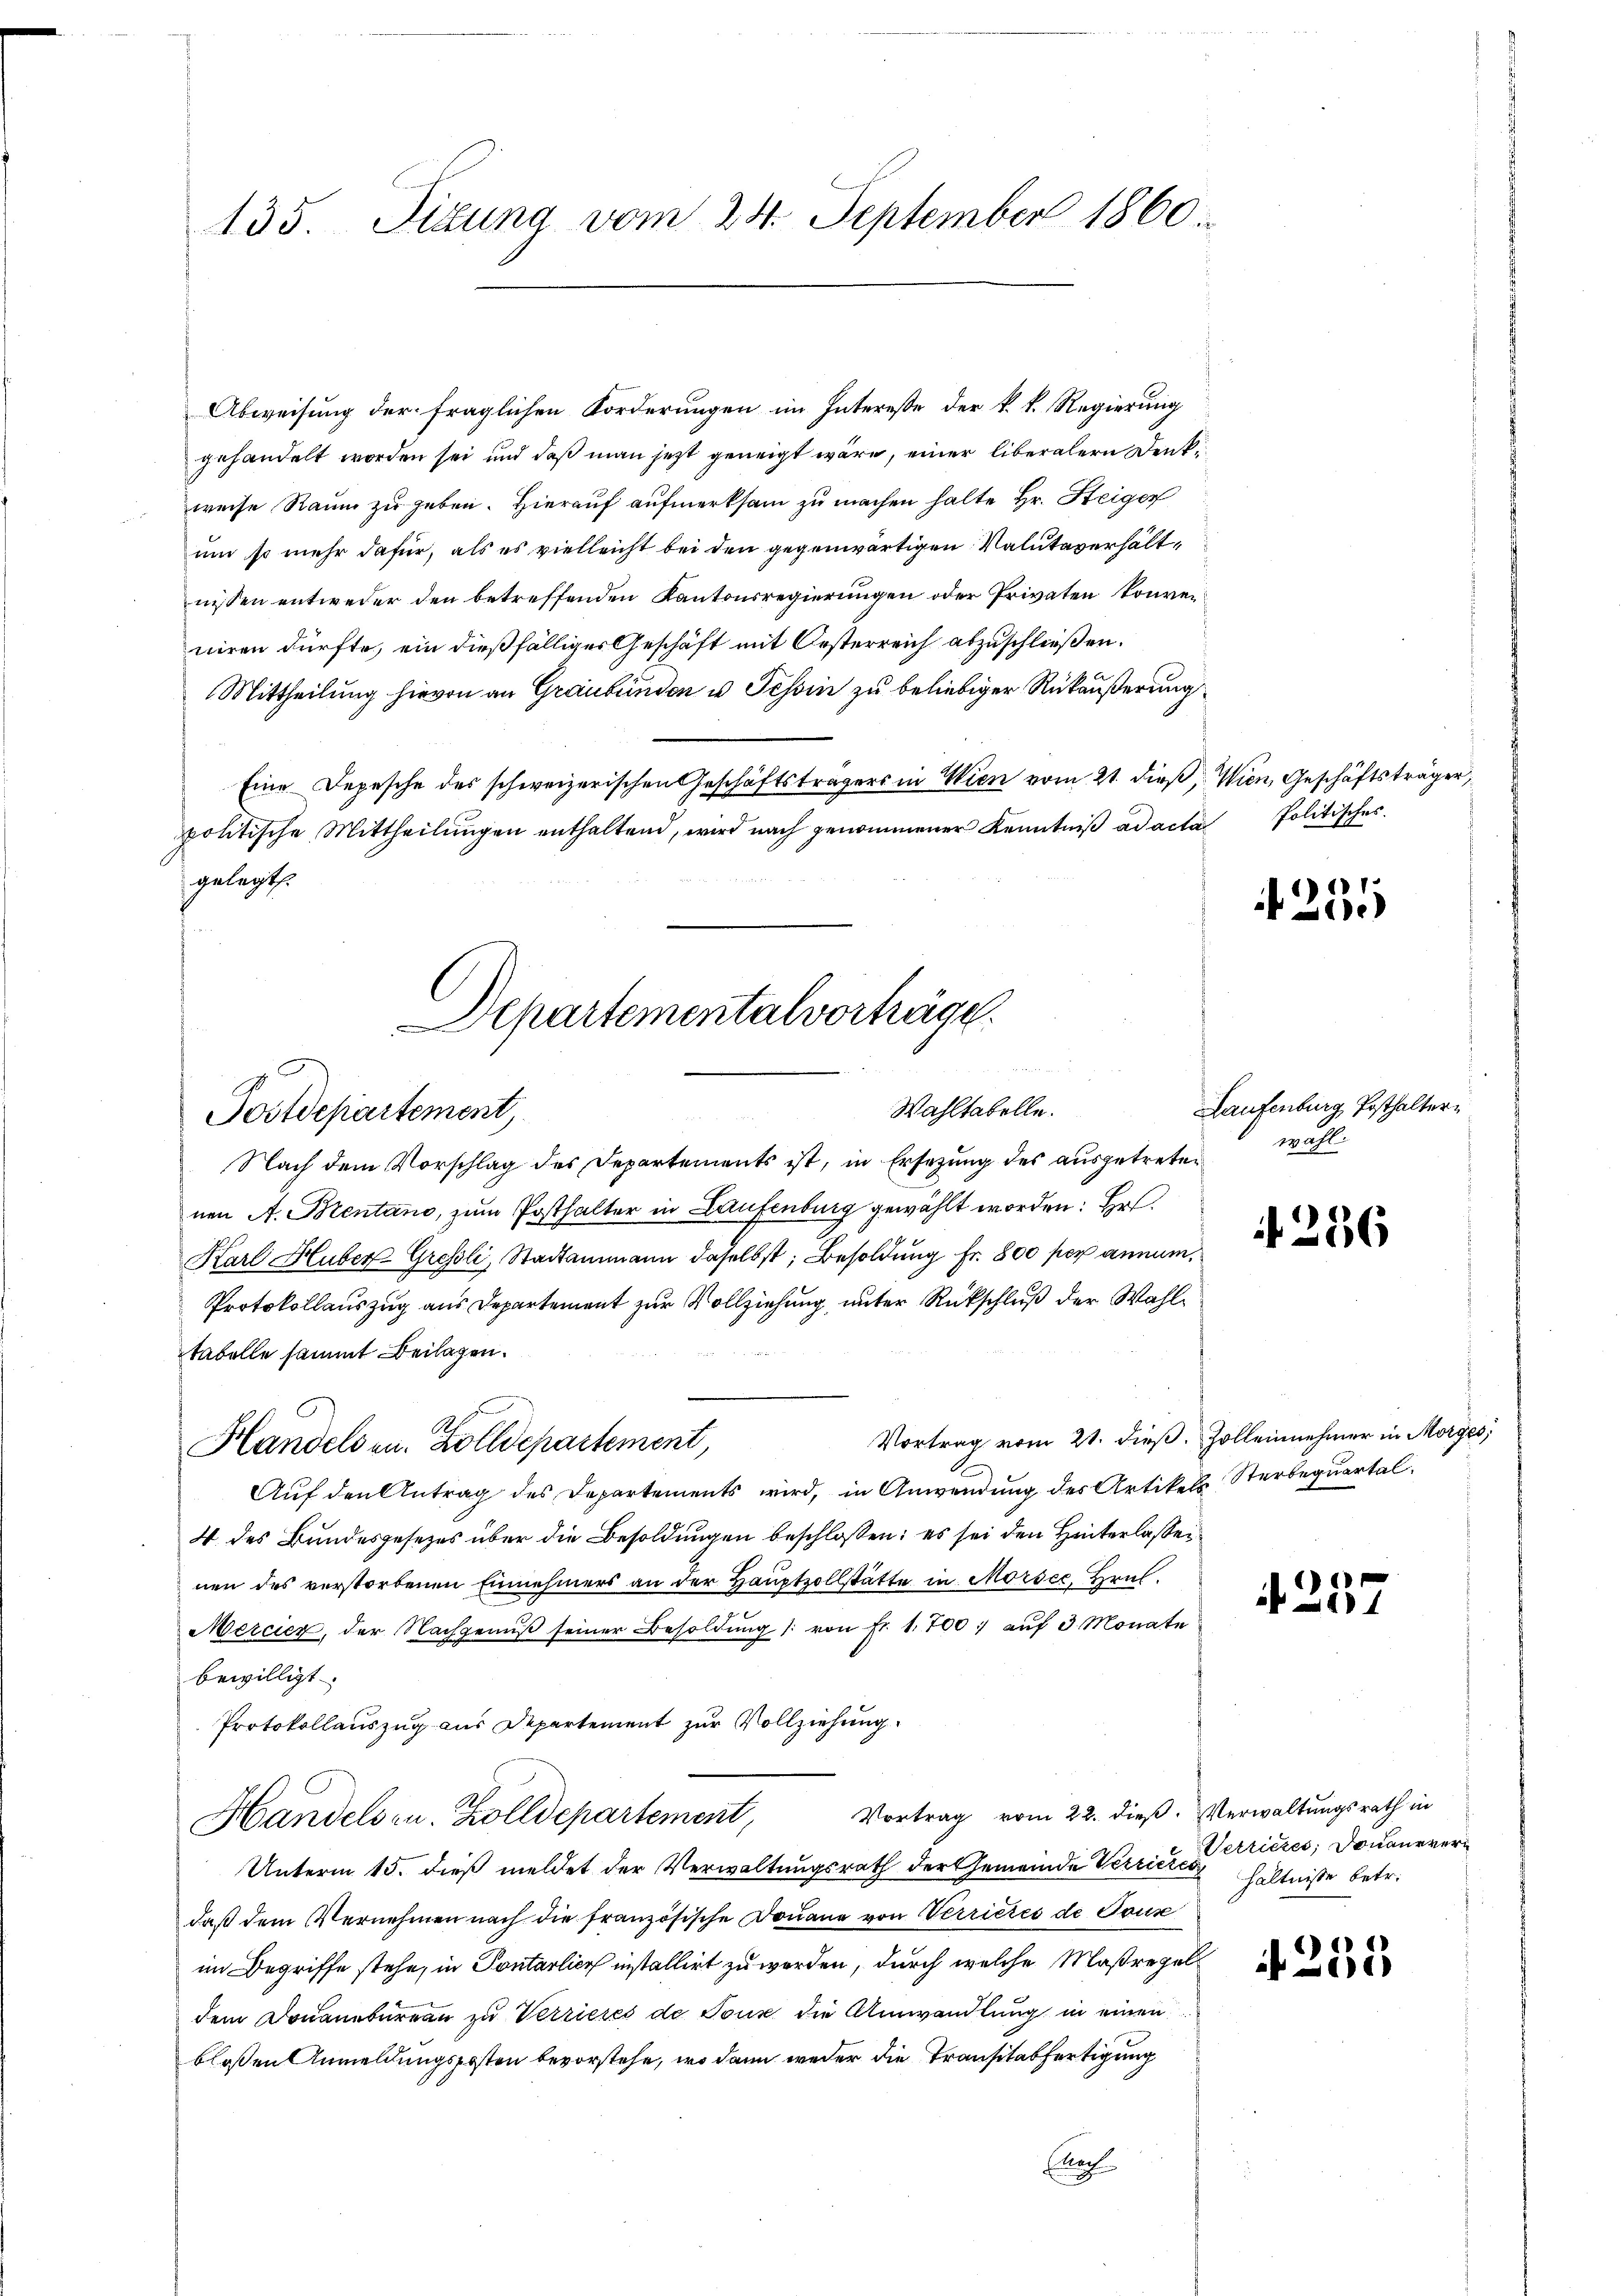
135. Situng vom 24. September 1860.

Abweisung der fraglichen Forderungen im Interesse der k. k. Regierung
gehandelt worden sei und daß man jetzt geneigt wäre, einer liberalern Denkweise Raum zu geben. Hierauf aufmerksam zu machen halte Hr. Steiger
um so mehr dafür, als es vielleicht bei den gegenwärtigen Valutaverhältnissen entweder den betreffenden Kantonsregierungen oder Privaten konven
niren dürfte, ein dießfälliges Geschäft mit Oesterreich abzuschließen.
Mittheilung hievon an Graubünden u. Tessin zu beliebiger Rükäußerung
Eine Depesche des schweizerischen Geschäftsträgers in Wien vom 21. dieß, Wien, Geschäftsträger,
politische Mittheilŭngen enthaltend, wird nach genommener Kenntniß ad acta
gelegt.

Departementalverhäge
Wahltabelle.
Postdepartement,

A
Handelsen. Zolldepartement,

Nach dem Vorschlag des Departements ist, in Ersetzung des ausgetreten
nen A. Brentano, zum Posthalter in Laufenburg gewählt worden: Hr.
Karl Huber Gressli, Stadtammann daselbst, Besoldung Fr. 800 per annum
Protokollauszug aus Departement zur Vollziehung unter Rückschluß der Wahltabelle sammt Beilagen.
Vortrag vom 21. dieβ. Zollennehmer in Morges,
Auf den Antrag des Departements wird, in Anwendung des Artikels Sterbequartal.
4 des Bundesgesezes über die Besoldungen beschlossen: es sei den Hinterlassen
nen des verstorbenen Einnehmers an der Hauptzollstätte in Morsee, Hrul.
Mercier, der Nachgenŭβ seiner Besoldŭng /: von Fr. 1. 700. aŭf 3 Monate
bewilligt.
Protokollauszug aus Departement zur Vollziehung
Handels zu. Zolldepartement, Vortrag vom 22. dieß. Verwaltungsrath in
Unterm 15. dieß meldet der Verwaltungsrath der Gemeinde Verrici Petrictes, Donaurverdaß dem Vernehmen nach die französische Douane von Verrietes de Touse
im Begriffe stehe, in Pontarlich installirt zu werden, durch welche Maßregel
dem Douanebureau zu Verrieres de Tour die Umwandlung in einen
blossen Anmeldungsposten bevorstehe, wo dann weder die Transitabfertigung
Eloch

Politisches.

235

Laufenburg, Posthalterwahl.

256

425.

hältnisse betr.

255